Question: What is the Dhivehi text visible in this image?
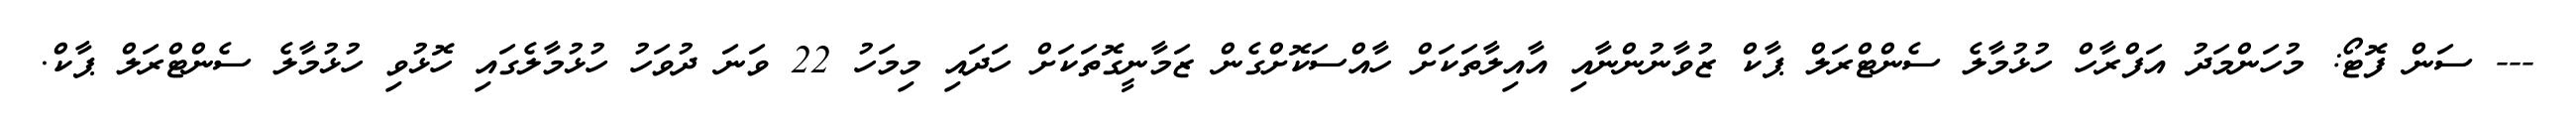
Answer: --- ސަން ފޮޓޯ: މުހަންމަދު އަފްރާހް ހުޅުމާލެ ސެންޓްރަލް ޕާކް ޒުވާނުންނާއި އާއިލާތަކަށް ހާއްސަކޮށްގެން ޒަމާނީގޮތަކަށް ހަދައި މިމަހު 22 ވަނަ ދުވަހު ހުޅުމާލެގައި ހޮޅުވި ހުޅުމާލެ ސެންޓްރަލް ޕާކް.